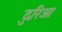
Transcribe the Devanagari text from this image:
दुरिआ